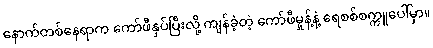
နောက်တစ်နေရာက ကော်ဖီနှပ်ပြီးလို့ ကျန်ခဲ့တဲ့ ကော်ဖီမှုန့်နဲ့ ရေစစ်စက္ကူပေါ်မှာ။